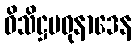
ဝိသိဋ္ဌမဓုနာဒေန